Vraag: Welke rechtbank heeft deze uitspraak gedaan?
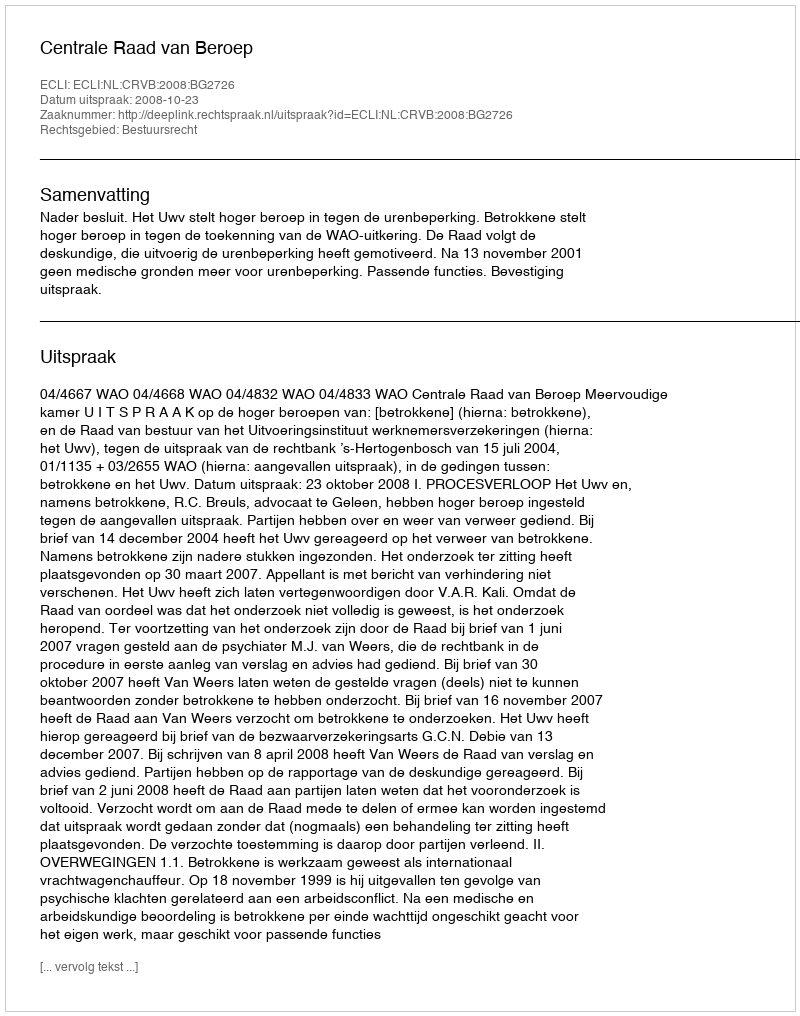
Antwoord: Centrale Raad van Beroep